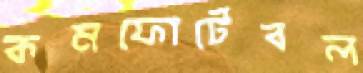
কমফোর্টেবল